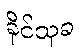
ခိုင်သုခ